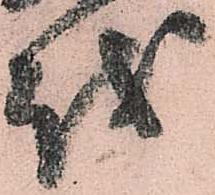
越